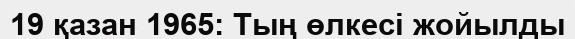
19 қазан 1965: Тың өлкесі жойылды